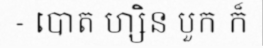
- បោត ហ្សិន បួក ក៏